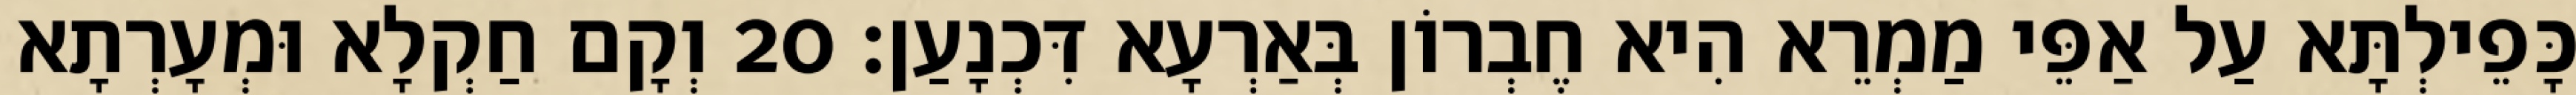
כָּפֵילְתָּא עַל אַפֵּי מַמְרֵא הִיא חֶבְרוֹן בְּאַרְעָא דִּכְנָעַן׃ 20 וְקָם חַקְלָא וּמְעָרְתָא